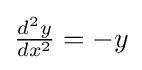
{\tfrac {d^{2}y}{dx^{2}}}=-y